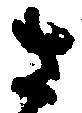
さ